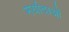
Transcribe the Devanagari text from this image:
मर्यादाआें